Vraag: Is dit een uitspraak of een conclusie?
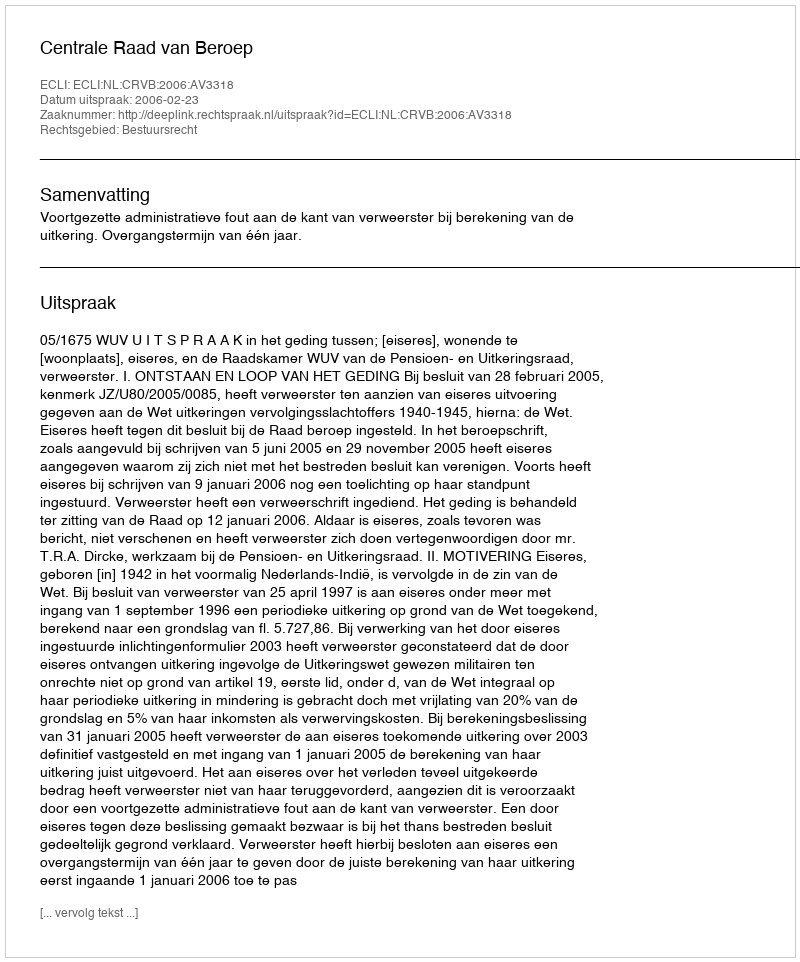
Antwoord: Uitspraak